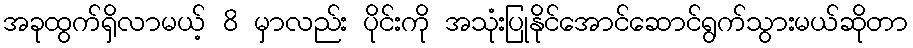
အခုထွက်ရှိလာမယ့် 8 မှာလည်း ပိုင်းကို အသုံးပြုနိုင်အောင်ဆောင်ရွက်သွားမယ်ဆိုတာ